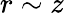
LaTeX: r\sim z